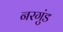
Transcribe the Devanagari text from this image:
नरगुंड